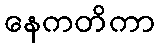
နေကတိကာ